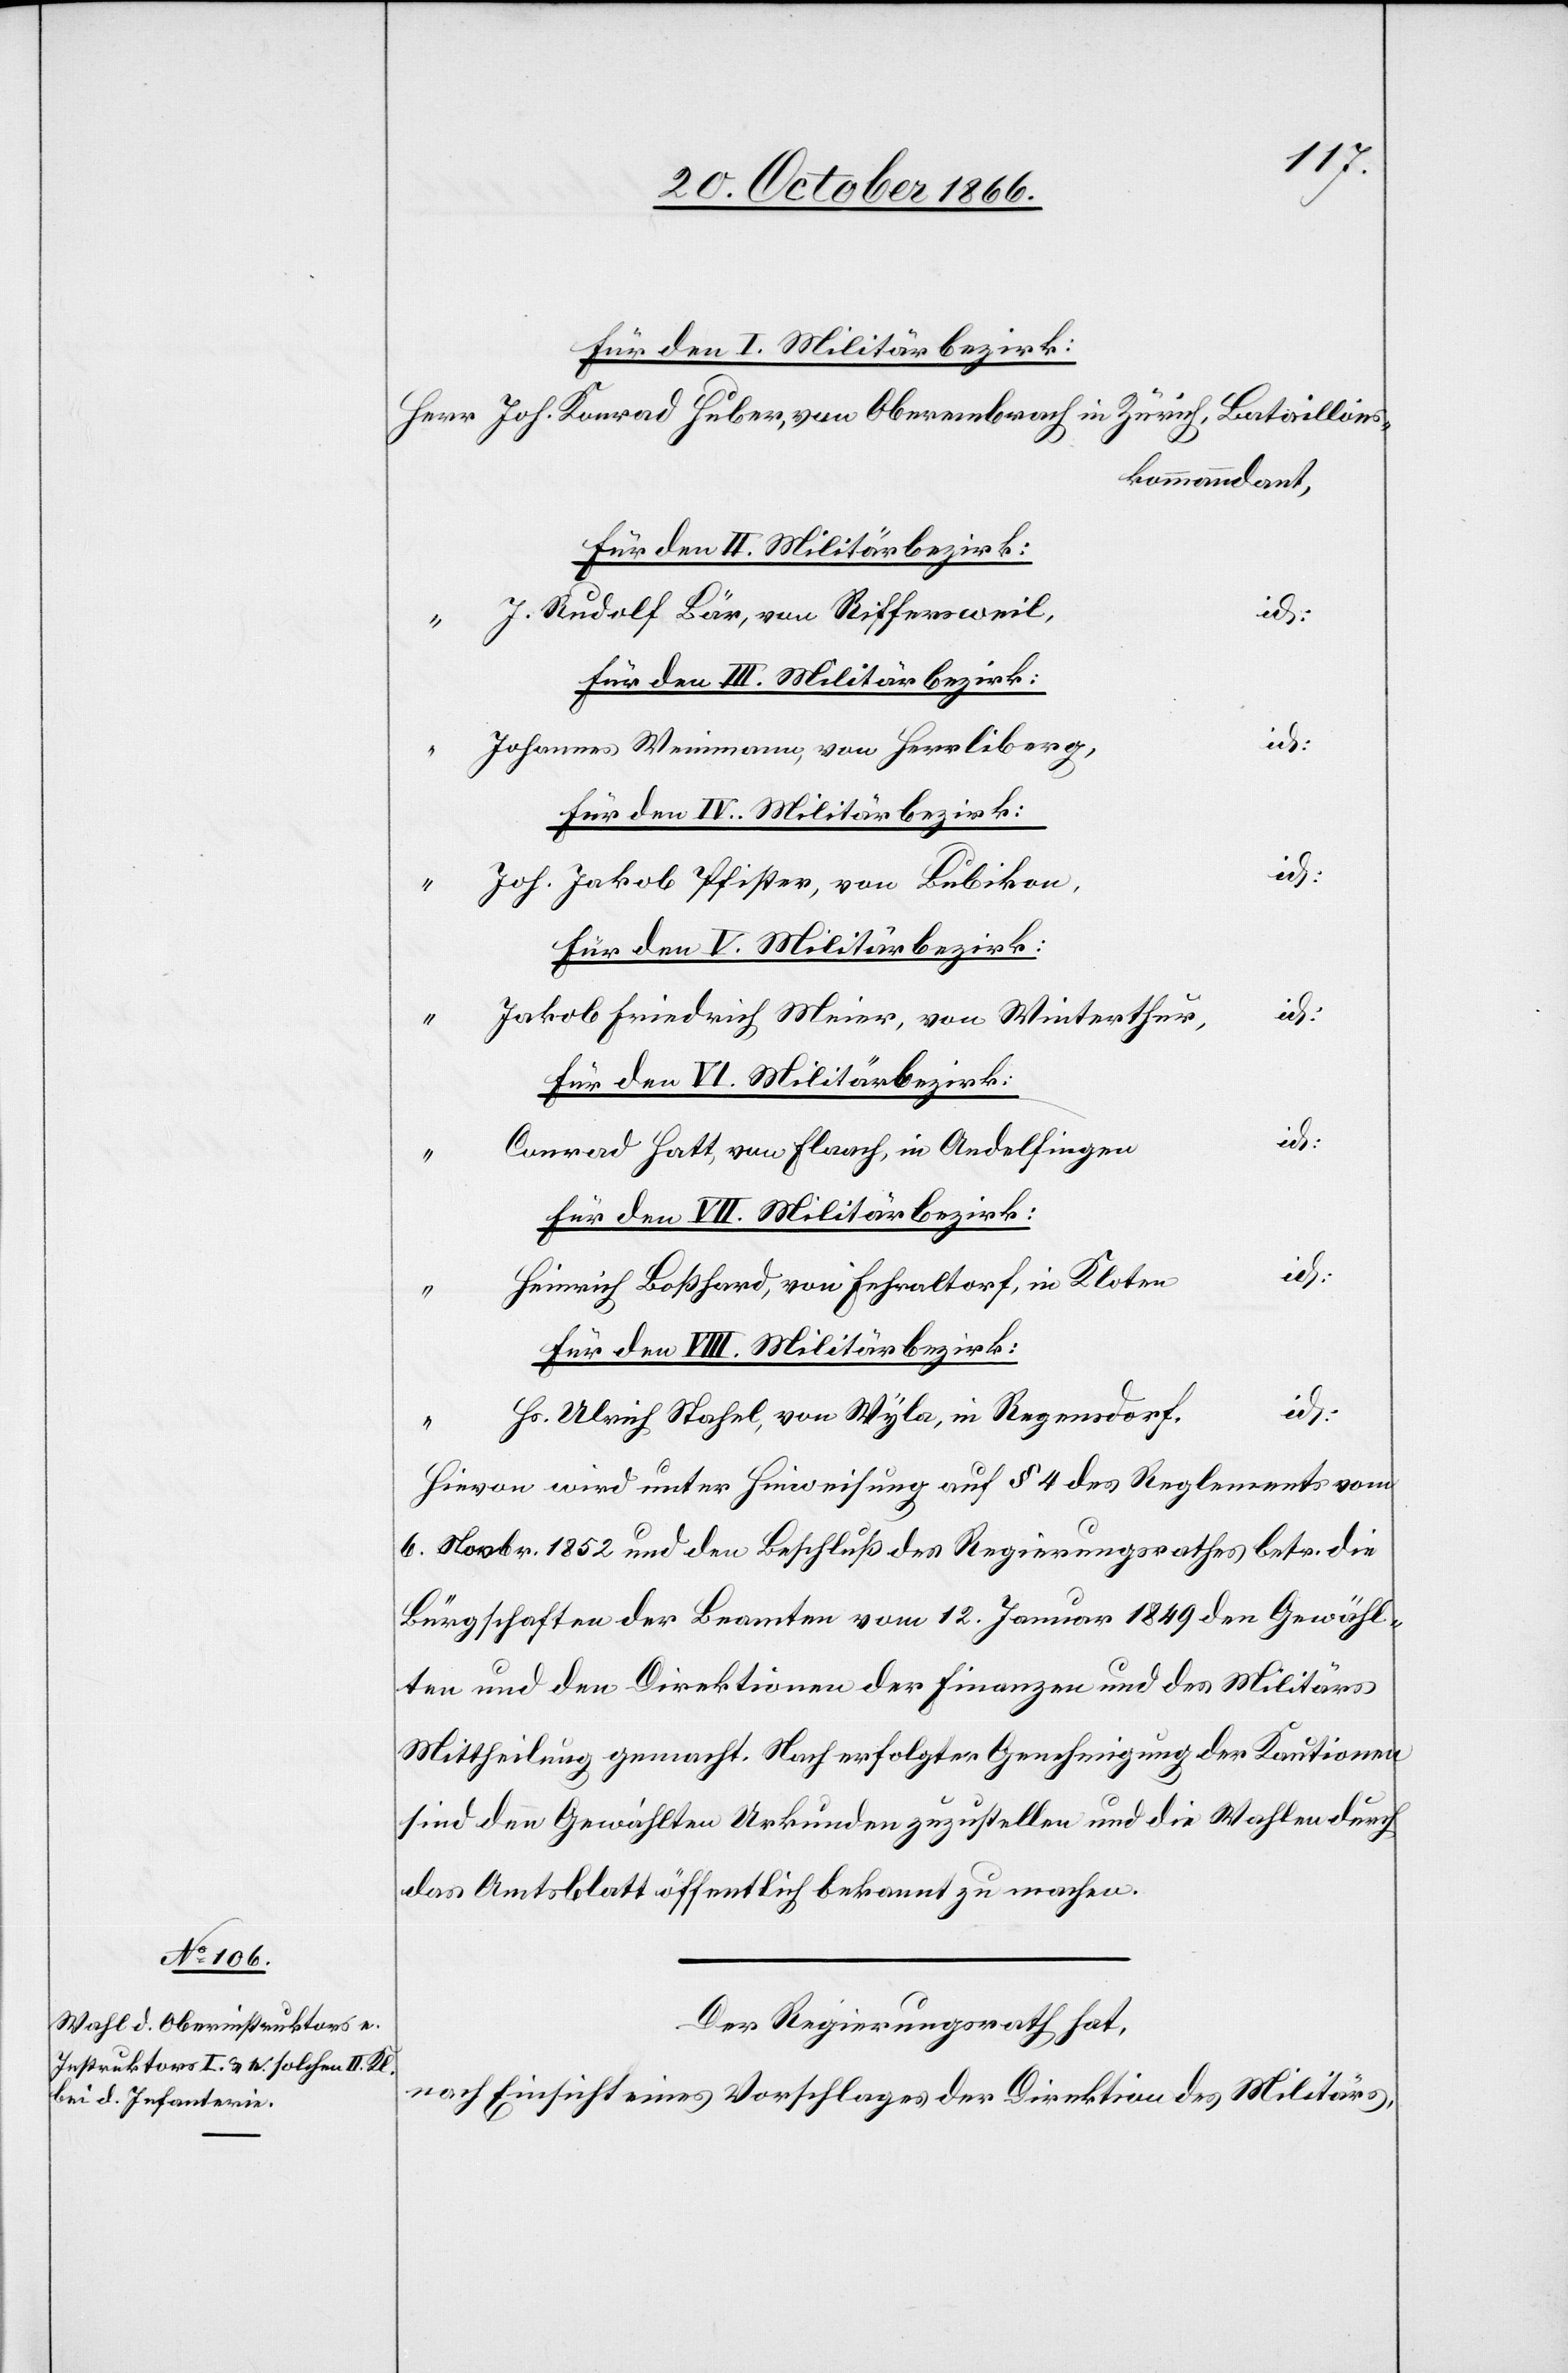
Herr Joh. Konrad Huber, von Oberembrach in Zürich, Bataillons¬
kommanndant,
Für den II. Militärbezirk:
J. Rudolf Bär, von Riffersweil,
id:
“ Johannes Weinmann, von Herrliberg,
Joh. Jakob Pfister, von Bubikon,
Jakob Friedrich Meier, von Winterthur,
Conrad Hatt, von Flaach, in Andelfingen
Heinrich Boßhard, von Fehraltorf, in Kloten
Für den VIII. Militärbezirk:
Hs. Ulrich Stahel, von Wyla, in Regensdorf,
Hievon wird unter Hinweisung auf § 4 des Reglements vom
6. Novbr. 1852 und den Beschluß des Regierungsrathes betr. die
Bürgschaften der Beamten vom 12. Januar 1849 den Gewähl¬
ten und den Direktionen der Finanzen und des Militärs
Mittheilung gemacht. Nach erfolgter Genehmigung der Kautionen
sind den Gewählten Urkunden zuzustellen und die Wahlen durch
das Amtsblatt öffentlich bekannt zu machen.
Der Regierungsrath hat,
nach Einsicht eines Vorschlages der Direktion des Militärs,